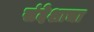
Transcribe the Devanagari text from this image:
संदेशाचा